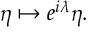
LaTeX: \displaystyle \eta \mapsto e ^ { i \lambda } \eta .